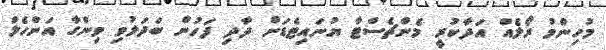
މުހިންމު ރޯލެއް އަދާކުރީ މެންޗެސްޓާ ޔުނައިޓެޑަށް ދާދި ފަހުން ބަދަލުވި ވިންގާ އަންހެލް